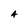
Character: 4